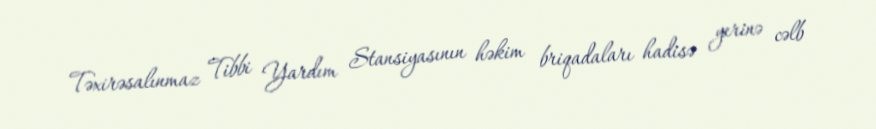
Təxirəsalınmaz Tibbi Yardım Stansiyasının həkim briqadaları hadisə yerinə cəlb